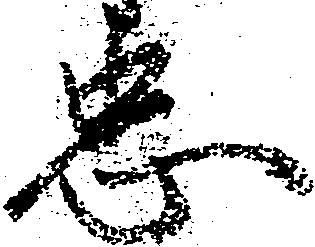
忠